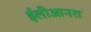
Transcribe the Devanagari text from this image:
ईलीआनरा